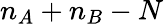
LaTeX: n_{A}+n_{B}-N